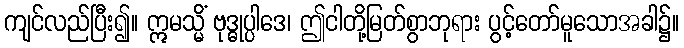
ကျင်လည်ပြီး၍။ ဣမသ္မိံ ဗုဒ္ဓုပ္ပါဒေ၊ ဤငါတို့မြတ်စွာဘုရား ပွင့်တော်မူသောအခါ၌။